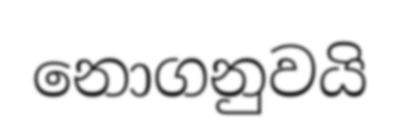
නොගනුවයි